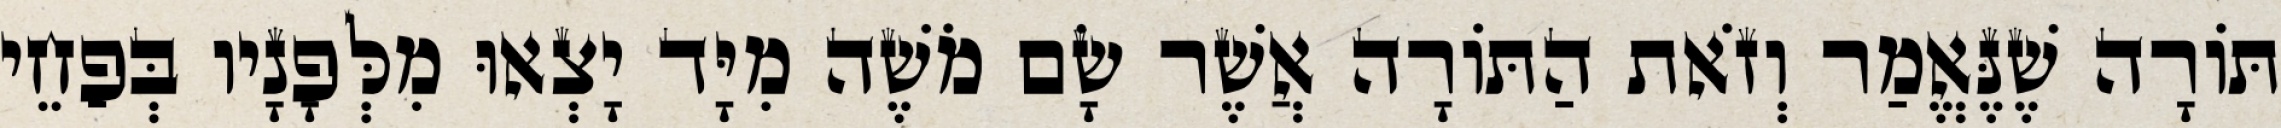
תּוֹרָה שֶׁנֶּאֱמַר וְזֹאת הַתּוֹרָה אֲשֶׁר שָׂם מֹשֶׁה מִיָּד יָצְאוּ מִלְּפָנָיו בְּפַחֵי